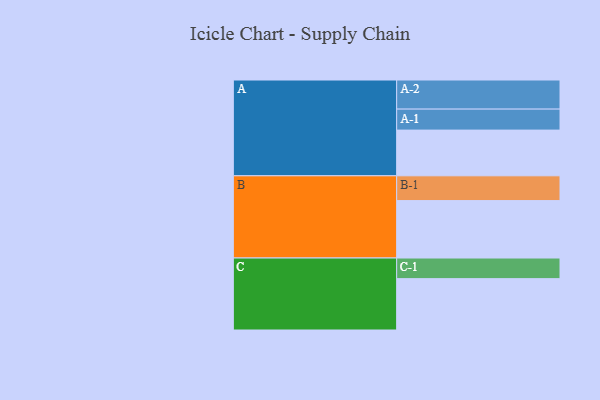
{"axis": {"x": "Segment", "y": "Value"}, "legend": ["", "A", "B", "C"], "data": [{"x": "A", "y": 468, "type": ""}, {"x": "B", "y": 588, "type": ""}, {"x": "C", "y": 526, "type": ""}, {"x": "A-1", "y": 215, "type": "A"}, {"x": "A-2", "y": 298, "type": "A"}, {"x": "B-1", "y": 254, "type": "B"}, {"x": "C-1", "y": 211, "type": "C"}]}